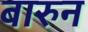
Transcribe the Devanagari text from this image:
बारुन